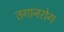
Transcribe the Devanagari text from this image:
तगानरोग